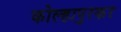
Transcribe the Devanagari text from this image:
कोल्हापुरकर